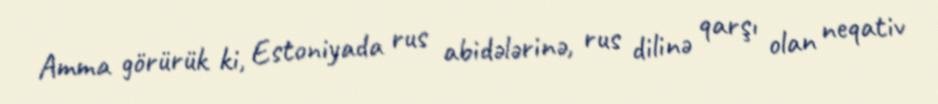
Amma görürük ki, Estoniyada rus abidələrinə, rus dilinə qarşı olan neqativ